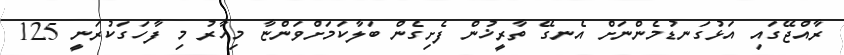
ރާއްޖޭގައި އަޅުގަނޑުމެންނަށް އެނގޭ ތާރީޚުން ފެށިގެން ބަލާކަމަށްވަންޏާ މިހާރު މި ފާހަގަކުރަނީ 125